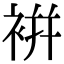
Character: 𧚭